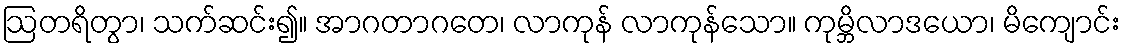
ဩတရိတွာ၊ သက်ဆင်း၍။ အာဂတာဂတေ၊ လာကုန် လာကုန်သော။ ကုမ္ဘိလာဒယော၊ မိကျောင်း